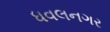
ધવલનગર